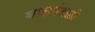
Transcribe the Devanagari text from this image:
बालमंडळी